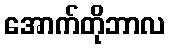
အောက်တိုဘာလ